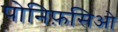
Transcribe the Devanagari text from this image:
पोनिफ़सिओ